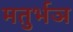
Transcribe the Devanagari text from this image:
मतुर्भञ